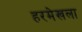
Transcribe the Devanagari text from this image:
हरमेखला